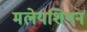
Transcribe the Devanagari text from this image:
मलेयशियन